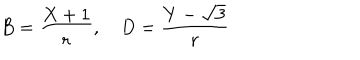
B = \frac { X + 1 } { r } , \quad D = \frac { Y - \sqrt { 3 } } { r }